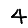
Digit: 4